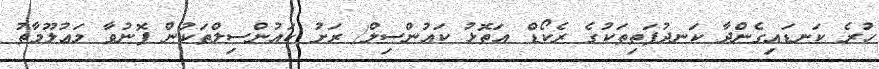
ހުރެ ކަނޑައިގެންދާ ކަނދުފަތިތަކުގެ ރެކޯޑް އަތޮޅު ކައުންސިލް/ ރަށު ކައުންސިލްތަކުން ފޮނުވާ މަޢުލޫމާތު